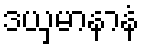
ဒယှမာနာနံ